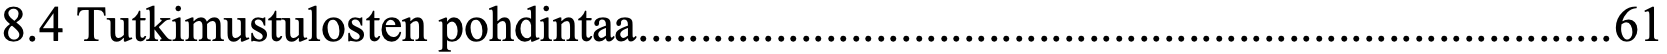
8.4 Tutkimustulosten pohdintaa .............................................................................. 61